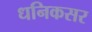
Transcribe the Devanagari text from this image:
धनिकसर